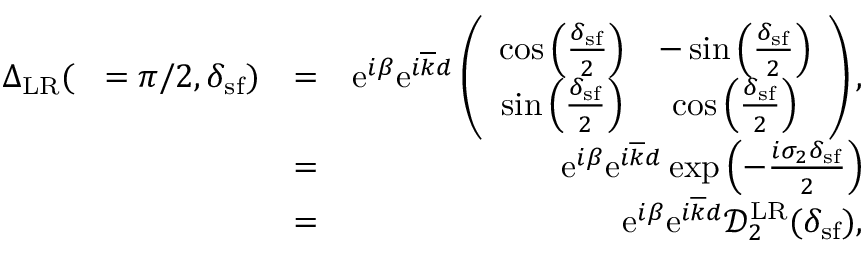
\begin{array} { r l r } { { \Delta } _ { \mathrm { L R } } ( { \it \Delta \phi } = \pi / 2 , \delta _ { \mathrm { s f } } ) } & { = } & { \mathrm { e } ^ { i \beta } \mathrm { e } ^ { i \overline { { k } } d } \left( \begin{array} { c c } { \cos \left( \frac { \delta _ { \mathrm { s f } } } { 2 } \right) } & { - \sin \left( \frac { \delta _ { \mathrm { s f } } } { 2 } \right) } \\ { \sin \left( \frac { \delta _ { \mathrm { s f } } } { 2 } \right) } & { \cos \left( \frac { \delta _ { \mathrm { s f } } } { 2 } \right) } \end{array} \right) , } \\ & { = } & { \mathrm { e } ^ { i \beta } \mathrm { e } ^ { i \overline { { k } } d } \exp \left( - \frac { i \sigma _ { 2 } { \delta _ { \mathrm { s f } } } } { 2 } \right) } \\ & { = } & { \mathrm { e } ^ { i \beta } \mathrm { e } ^ { i \overline { { k } } d } \mathcal { D } _ { 2 } ^ { \mathrm { L R } } ( \delta _ { \mathrm { s f } } ) , } \end{array}